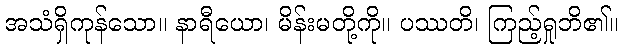
အသံရှိကုန်သော။ နာရီယော၊ မိန်းမတို့ကို။ ပဿတိ၊ ကြည့်ရှုဘိ၏။